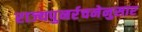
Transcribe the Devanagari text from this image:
राज्यपुनर्रचनेनुसार